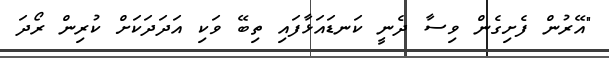
"އޭރުން ފެށިގެން ވިސާ ދެނީ ކަނޑައަޅާފައި ތިބޭ ވަކި އަދަދަކަށް ކުރިން ރޯދަ